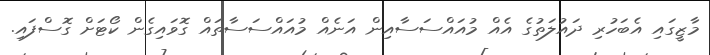
މާޒީގައި އެބަހުރި ދައުލަތުގެ އެއް މުއައްސަސާއިން އަނެއް މުއައްސަސާތައް ގޮވައިގެން ކޯޓަށް ގޮސްފައި.